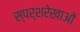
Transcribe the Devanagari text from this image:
स्पर्शरेखाओं